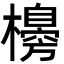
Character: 櫋